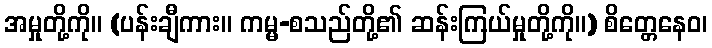
အမှုတို့ကို။ (ပန်းချီကား။ ကမ္မ-စသည်တို့၏ ဆန်းကြယ်မှုတို့ကို။) စိတ္တေနေဝ၊